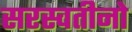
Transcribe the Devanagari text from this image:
सरस्वतीनो